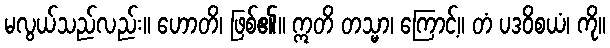
မလွယ်သည်လည်း။ ဟောတိ၊ ဖြစ်၏။ ဣတိ တသ္မာ၊ ကြောင့်။ တံ ပဒဝိစယံ၊ ကို။